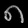
Digit: ၈